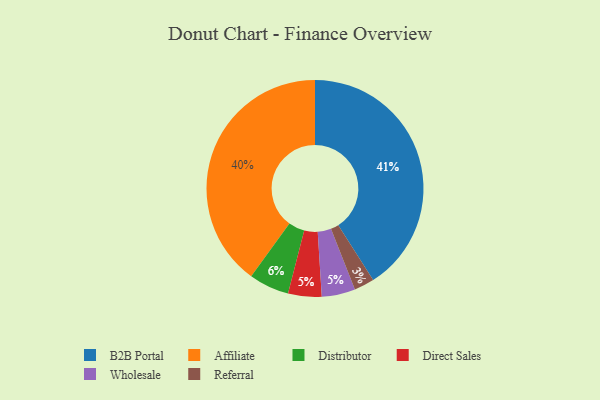
{"axis": {"x": "Category", "y": "Percentage"}, "legend": ["Affiliate", "B2B Portal", "Direct Sales", "Distributor", "Referral", "Wholesale"], "data": [{"x": "B2B Portal", "y": 41, "type": "B2B Portal"}, {"x": "Distributor", "y": 6, "type": "Distributor"}, {"x": "Referral", "y": 3, "type": "Referral"}, {"x": "Direct Sales", "y": 5, "type": "Direct Sales"}, {"x": "Affiliate", "y": 40, "type": "Affiliate"}, {"x": "Wholesale", "y": 5, "type": "Wholesale"}]}